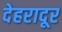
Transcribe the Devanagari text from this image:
देहरादूर